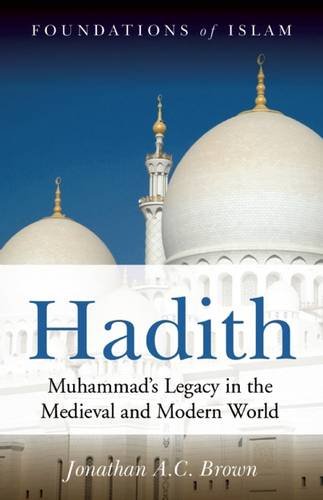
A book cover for Hadith: Muhammad's Legacy in the Medieval and Modern World (Foundations of Islam); Jonathan A. C. Brown; Religion & Spirituality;